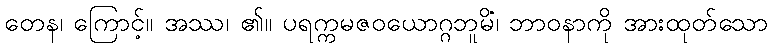
တေန၊ ကြောင့်။ အဿ၊ ၏။ ပရက္ကမဇဝယောဂ္ဂဘူမိံ၊ ဘာဝနာကို အားထုတ်သော